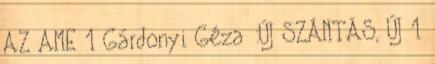
AZ AME 1 Gárdonyi Géza :ÚJ SZÁNTÁS, ÚJ 1